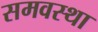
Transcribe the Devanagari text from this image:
समवस्था